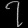
Digit: ၇